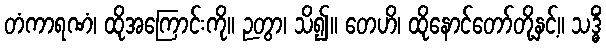
တံကာရဏံ၊ ထိုအကြောင်းကို။ ဉတွာ၊ သိ၍။ တေဟိ၊ ထိုနောင်တော်တို့နှင့်။ သဒ္ဓိံ